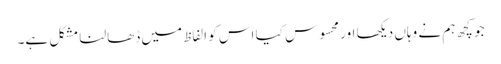
جو کچھ ہم نے وہاں دیکھا اور محسوس کیا اس کو الفاظ میں ڈھالنا مشکل ہے۔